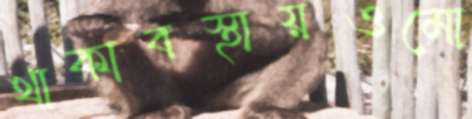
থাকাবস্থায়ওমো